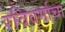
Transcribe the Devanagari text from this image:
रविवर्माचा